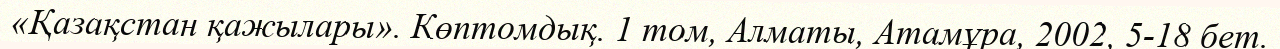
«Қазақстан қажылары». Көптомдық. 1 том, Алматы, Атамұра, 2002, 5-18 бет.